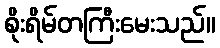
စိုးရိမ်တကြီးမေးသည်။